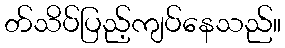
တ်သိပ်ပြည့်ကျပ်နေသည်။